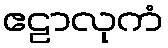
ဧဠာလုကံ